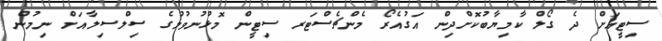
ސިޓީއަށް ދެ ގޯލް ކާމިޔާބުކޮށްދިން އަގުއެރޯ މެންޗެސްޓަރ ސިޓީން މޮޅުނުވުމުގެ ސިލްސިލާއަށް ނިމުން